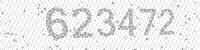
Solution: 623472